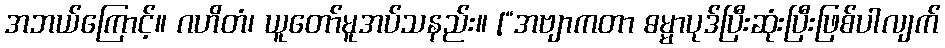
အဘယ်ကြောင့်။ ဂဟိတံ၊ ယူတော်မူအပ်သနည်း။ [“အဗျာကတာ ဓမ္မာပုဒ်ပြီးဆုံးပြီးဖြစ်ပါလျက်